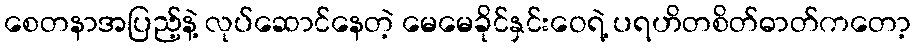
စေတနာအပြည့်နဲ့ လုပ်ဆောင်နေတဲ့ မေမေခိုင်နှင်းဝေရဲ့ ပရဟိတစိတ်ဓာတ်ကတော့